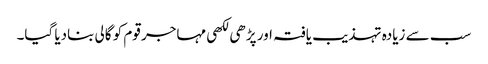
سب سے زیادہ تہذیب یافتہ اور پڑھی لکھی مہاجر قوم کو گالی بنادیا گیا۔